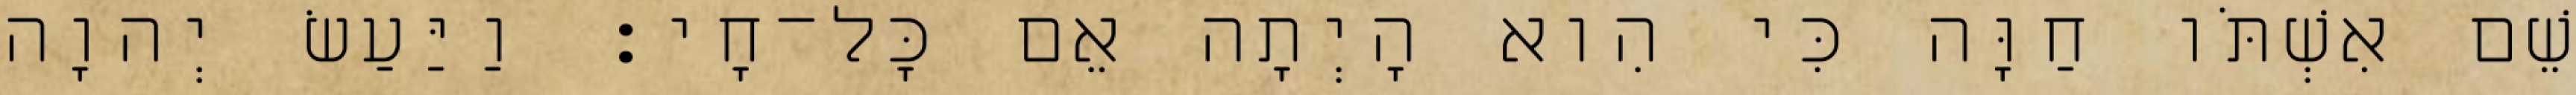
שֵׁם אִשְׁתֹּו חַוָּה כִּי הִוא הָיְתָה אֵם כָּל־חָי׃ וַיַּעַשׂ יְהוָה